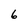
Character: 6